Report of an investigation of the epidemic of malarial fever in Assam, or, kala-azar
Disease focus: Malaria
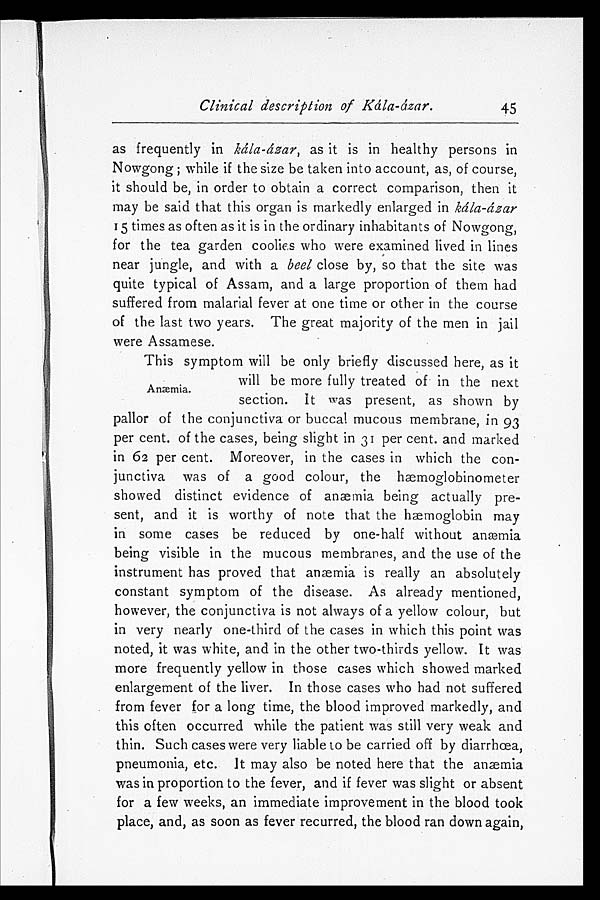
Clinical description of Kála-ázar.
45
as frequently in kála-ázar, as it is in healthy persons in
Nowgong; while if the size be taken into account, as, of course,
it should be, in order to obtain a correct comparison, then it
may be said that this organ is markedly enlarged in kála-ázar
15 times as often as it is in the ordinary inhabitants of Nowgong,
for the tea garden coolies who were examined lived in lines
near jungle, and with a beel close by, so that the site was
quite typical of Assam, and a large proportion of them had
suffered from malarial fever at one time or other in the course
of the last two years. The great majority of the men in jail
were Assamese.
This symptom will be only briefly discussed here, as it
will be more fully treated of in the next
section. It was present, as shown by
pallor of the conjunctiva or buccal mucous membrane, in 93
per cent, of the cases, being slight in 31 per cent. and marked
in 62 per cent. Moreover, in the cases in which the con-
junctiva was of a good colour, the hæmoglobinometer
showed distinct evidence of anæmia being actually pre-
sent, and it is worthy of note that the hæmoglobin may
in some cases be reduced by one-half without anæmia
being visible in the mucous membranes, and the use of the
instrument has proved that anæmia is really an absolutely
constant symptom of the disease. As already mentioned,
however, the conjunctiva is not always of a yellow colour, but
in very nearly one-third of the cases in which this point was
noted, it was white, and in the other two-thirds yellow. It was
more frequently yellow in those cases which showed marked
enlargement of the liver. In those cases who had not suffered
from fever for a long time, the blood improved markedly, and
this often occurred while the patient was still very weak and
thin. Such cases were very liable to be carried off by diarrhœa,
pneumonia, etc. It may also be noted here that the anæmia
was in proportion to the fever, and if fever was slight or absent
for a few weeks, an immediate improvement in the blood took
place, and, as soon as fever recurred, the blood ran down again,
Anæmia.